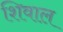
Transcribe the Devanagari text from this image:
शिवाल